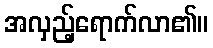
အလှည့်ရောက်လာ၏။